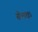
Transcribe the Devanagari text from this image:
सीमाक्षत्र